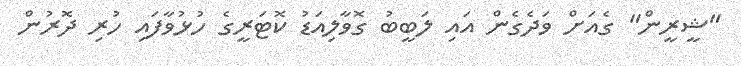
"ޝީރީން" ގެއަށް ވަދެގެން އައި ލަބީބު ގޮވާލިއަޑު ކޮޓަރީގެ ހުޅުވާފައި ހުރި ދޮރުން